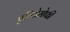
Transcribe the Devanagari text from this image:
एरियोसोफी